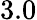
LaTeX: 3.0